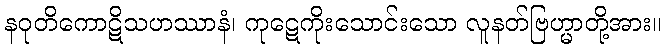
နဝုတိကောဋိသဟဿာနံ၊ ကုဋေကိုးသောင်းသော လူနတ်ဗြဟ္မာတို့အား။